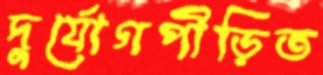
দুর্যোগপীড়িত